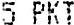
5 PKT